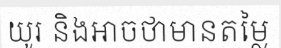
យូរ និងអាចថាមានតម្លៃ